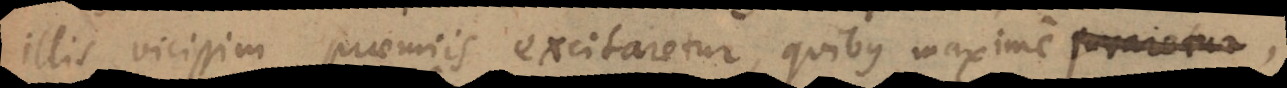
illis vicissim praemiis excitaretur, quibus maxime juvaretur,